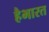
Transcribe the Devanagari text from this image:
हैभारत